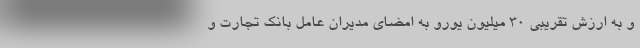
و به ارزش تقریبی ۳۰ میلیون یورو به امضای مدیران عامل بانک تجارت و